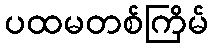
ပထမတစ်ကြိမ်